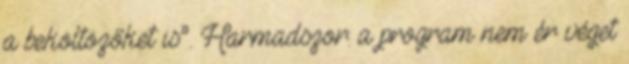
a beköltözőket is”. Harmadszor: a program nem ér véget